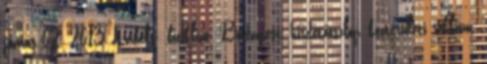
június 02, 2013 Labels: bicikliút, Budapest, hirdetőoszlop, közterületi reklám,